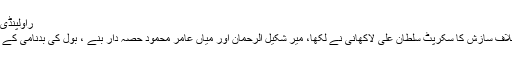
راولپنڈی: فیکٹ رپورٹ
بول ٹی وی کیخلاف سازش کا سکرپٹ سلطان علی لاکھانی نے لکھا، میر شکیل الرحمان اور میاں عامر محمود حصہ دار بنے ، بول کی بدنامی کے کئی پلانز باقی۔